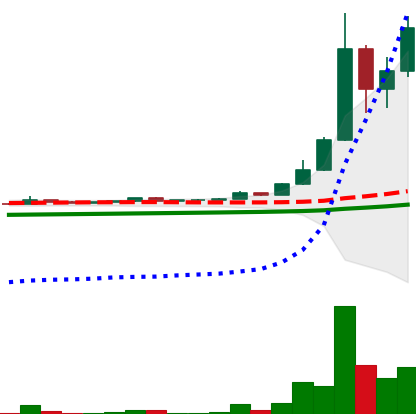
Ticker: DOGE-USD
Chart end date: 2021-04-19
Forward return: -33.661%
Label: down_7plus